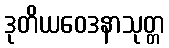
ဒုတိယဝေဒနာသုတ္တ